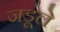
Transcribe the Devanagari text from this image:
जडूले